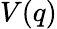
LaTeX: V(q)